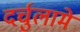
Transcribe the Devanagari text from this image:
दर्चुलामे